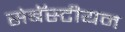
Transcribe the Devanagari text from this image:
सेबॅस्टीयन